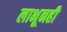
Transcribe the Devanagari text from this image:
लाभूनही